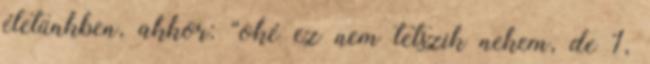
életünkben, akkor: “oké ez nem tetszik nekem, de 1,